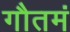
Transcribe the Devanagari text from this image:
गौतमं